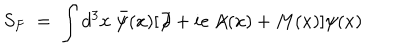
S _ { F } \; = \; \int d ^ { 3 } x \; \bar { \psi } ( x ) [ \not \! \partial + i e \not \! \! A ( x ) + M ( x ) ] \psi ( x )